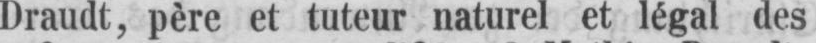
Draudt, père et tuteur naturel et légal des